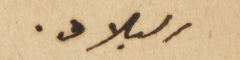
البلاد.